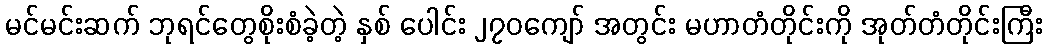
မင်မင်းဆက် ဘုရင်တွေစိုးစံခဲ့တဲ့ နှစ် ပေါင်း ၂၇၀ကျော် အတွင်း မဟာတံတိုင်းကို အုတ်တံတိုင်းကြီး